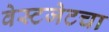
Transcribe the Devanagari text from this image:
वेस्टजेटचा